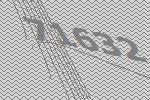
71632